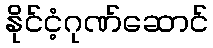
နိုင်ငံ့ဂုဏ်ဆောင်